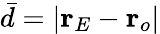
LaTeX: \bar{d}=\vert\mathbf{r}_{E}-\mathbf{r}_{o}\vert